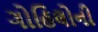
ગોહિલોની